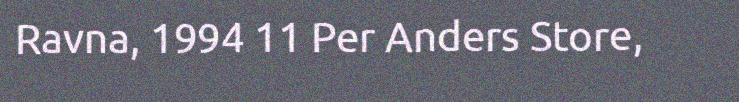
Ravna, 1994 11 Per Anders Store,